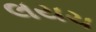
લયચ